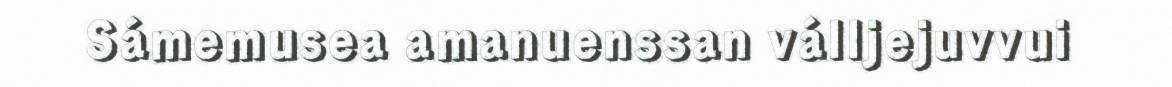
Sámemusea amanuenssan válljejuvvui